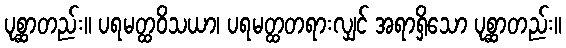
ပုစ္ဆာတည်း။ ပရမတ္ထဝိသယာ၊ ပရမတ္ထတရားလျှင် အရာရှိသော ပုစ္ဆာတည်း။